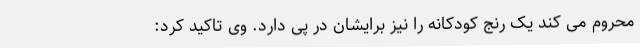
محروم می کند یک رنج کودکانه را نیز برایشان در پی دارد. وی تاکید کرد: